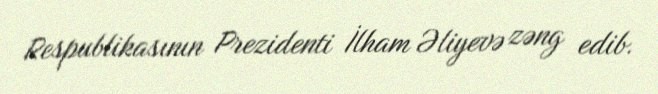
Respublikasının Prezidenti İlham Əliyevə zəng edib.